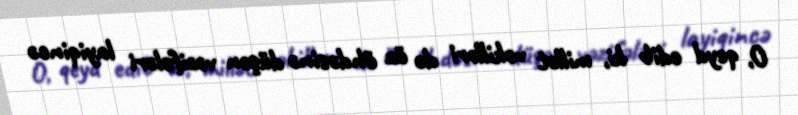
O, qeyd edib ki, millət vəkilləri də öz öhdəsinə düşən vəzifələri layiqincə